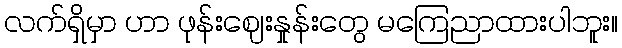
လက်ရှိမှာ ဟာ ဖုန်းဈေးနှုန်းတွေ မကြေညာထားပါဘူး။